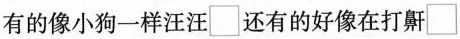
有的像小狗一样汪汪\Box 还有的好像在打鼾\Box